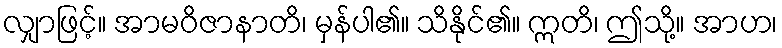
လျှာဖြင့်။ အာမဝိဇာနာတိ၊ မှန်ပါ၏။ သိနိုင်၏။ ဣတိ၊ ဤသို့။ အာဟ၊